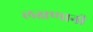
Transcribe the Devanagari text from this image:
लक्षणानी